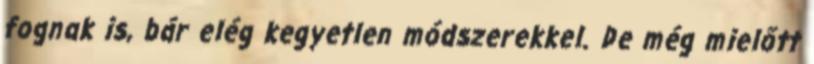
fognak is, bár elég kegyetlen módszerekkel. De még mielőtt